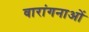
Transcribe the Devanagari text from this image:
वारांगनाओं